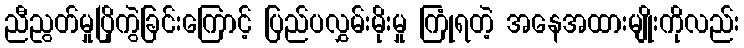
ညီညွတ်မှုပြိုကွဲခြင်းကြောင့် ပြည်ပလွှမ်းမိုးမှု ကြုံရတဲ့ အနေအထားမျိုးကိုလည်း